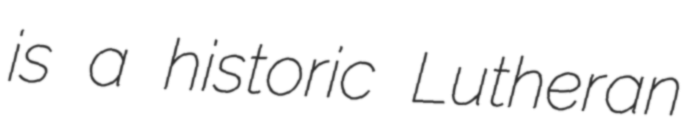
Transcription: is a historic Lutheran